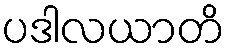
ပဒါလယာတိ